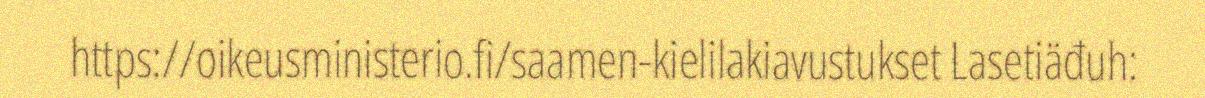
https://oikeusministerio.fi/saamen-kielilakiavustukset Lasetiäđuh: